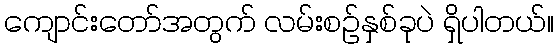
ကျောင်းတော်အတွက် လမ်းစဉ်နှစ်ခုပဲ ရှိပါတယ်။